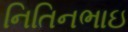
નિતિનભાઇ